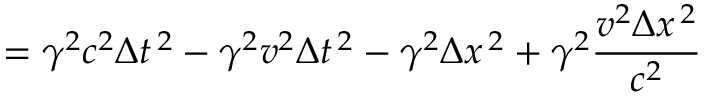
= \gamma ^ { 2 } c ^ { 2 } \Delta t ^ { \, 2 } - \gamma ^ { 2 } v ^ { 2 } \Delta t ^ { \, 2 } - \gamma ^ { 2 } \Delta x ^ { \, 2 } + \gamma ^ { 2 } { \frac { v ^ { 2 } \Delta x ^ { \, 2 } } { c ^ { 2 } } }